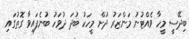
ބިދޭސީ މީހާ ވެއްޓުނު މަންޒަރު ދުށް މީހަކު ބުދަ ދުވަހު ބުނެފައިވާ ގޮތުގައި